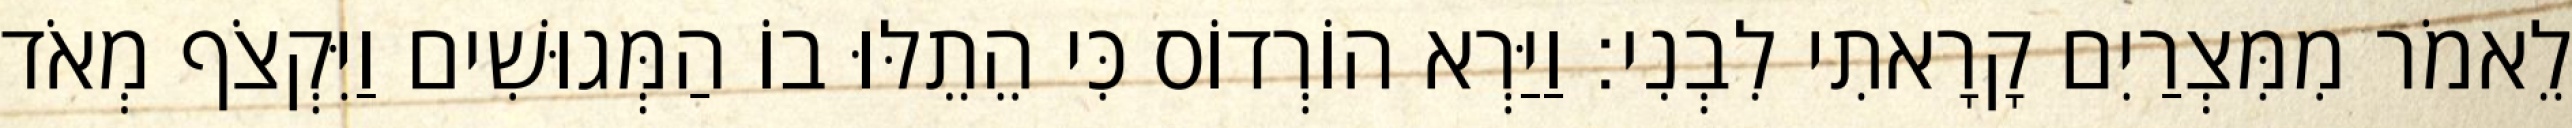
לֵאמֹר מִמִּצְרַיִם קָרָאתִי לִבְנִי׃ וַיַּרְא הוֹרְדוֹס כִּי הֵתֵלּוּ בוֹ הַמְּגוּשִׁים וַיִּקְצֹף מְאֹד